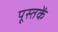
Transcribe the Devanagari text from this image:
पूस्‍तकें